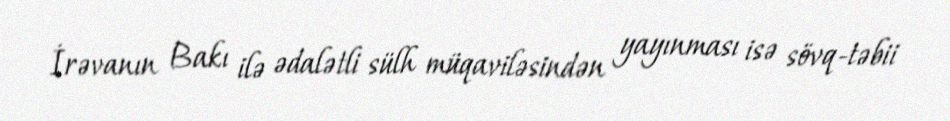
İrəvanın Bakı ilə ədalətli sülh müqaviləsindən yayınması isə sövq-təbii